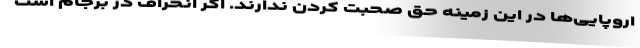
اروپایی‌ها در این زمینه حق صحبت کردن ندارند. اگر انحراف در برجام است